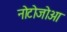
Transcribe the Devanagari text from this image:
नोटोजोआ